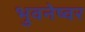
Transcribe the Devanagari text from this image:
भुवनेष्वर